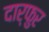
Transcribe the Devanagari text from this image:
दार्फुर